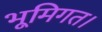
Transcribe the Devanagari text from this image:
भूमिगत।